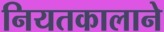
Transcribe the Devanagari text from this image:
नियतकालाने